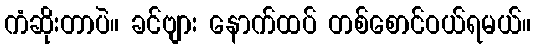
ကံဆိုးတာပဲ။ ခင်ဗျား နောက်ထပ် တစ်စောင်ဝယ်ရမယ်။